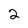
Character: 2